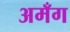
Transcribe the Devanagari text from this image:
अमँग